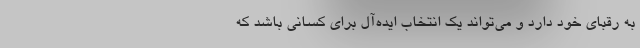
به رقبای خود دارد و می‌تواند یک انتخاب ایده‌آل برای کسانی باشد که